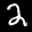
Label: 2